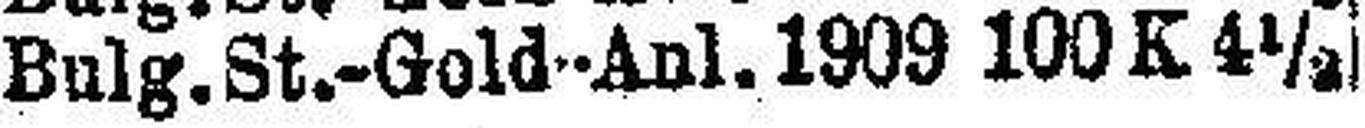
Bulg. St.-Gold-Anl. 1909 100 K 4½